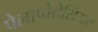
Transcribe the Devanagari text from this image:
पेलोपोन्नेसिंयन